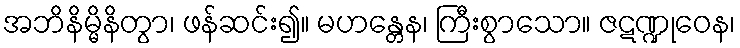
အဘိနိမ္မိနိတွာ၊ ဖန်ဆင်း၍။ မဟန္တေန၊ ကြီးစွာသော။ ဇဋဏ္ဍုဝေန၊